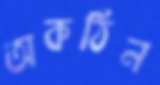
অকঠিন